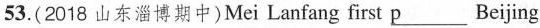
53. (2018 山东淄博期中) Mei Lanfang first \underline{p}___ Beijing